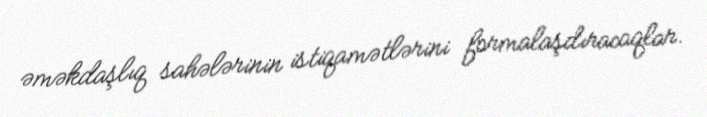
əməkdaşlıq sahələrinin istiqamətlərini formalaşdıracaqlar.